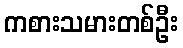
ကစားသမားတစ်ဦး